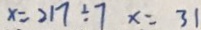
x = 2 1 7 \div 7 x = 3 1